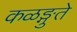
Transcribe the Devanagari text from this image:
कळङ्गुते